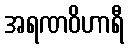
အရဏဝိဟာရီ